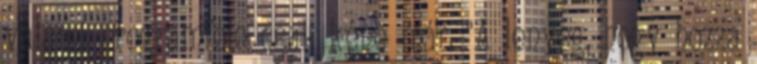
valami programféle csak kéne már. "A lenyeg, hogy hozza